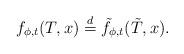
LaTeX: \begin{align*} f_{\phi, t}(T, x) \stackrel{d}{=} \tilde f_{\phi, t}(\tilde T, x).\end{align*}